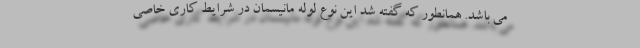
می باشد. همانطور که گفته شد این نوع لوله مانیسمان در شرایط کاری خاصی